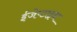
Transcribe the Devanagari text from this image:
ईजेप्टाइन